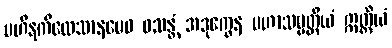
ပဟီနကိလေသာနမေဝ ဝသန္တံ အဒုက္ခေန မဟာသမ္ပတ္တိယံ ဣတ္ထိယံ